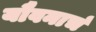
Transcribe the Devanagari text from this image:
यौवनाचं